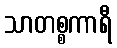
သာတစ္စကာရီ